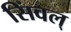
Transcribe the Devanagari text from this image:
सिंवल्